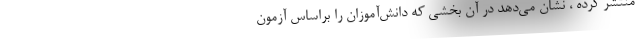
منتشر کرده ، نشان می‌دهد در آن بخشی که دانش‌آموزان را براساس آزمون